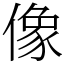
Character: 像